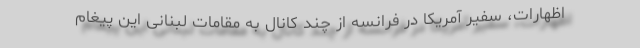
اظهارات، سفیر آمریکا در فرانسه از چند کانال به مقامات لبنانی این پیغام